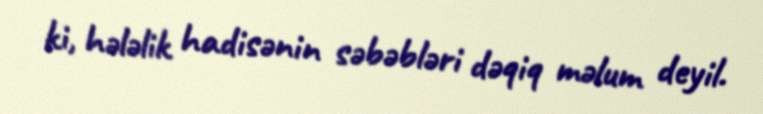
ki, hələlik hadisənin səbəbləri dəqiq məlum deyil.